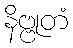
နိဗ္ဗုတံ